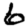
Digit: 6